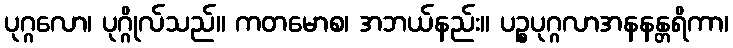
ပုဂ္ဂလော၊ ပုဂ္ဂိုလ်သည်။ ကတမောစ၊ အဘယ်နည်း။ ပဉ္စပုဂ္ဂလာအနနန္တရိကာ၊